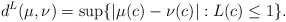
\begin{align*}d^L (\mu, \nu) =\sup \{|\mu (c) -\nu (c)|: L (c)\leq 1 \} .\end{align*}